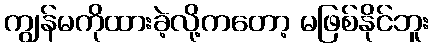
ကျွန်မကိုထားခဲ့လို့ကတော့ မဖြစ်နိုင်ဘူး